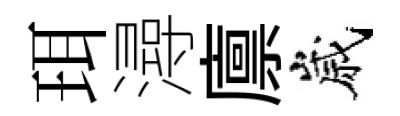
珥潯廪嵗